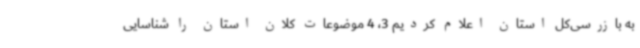
به بازرسی‌کل استان اعلام کردیم 3، 4 موضوعات کلان استان را شناسایی